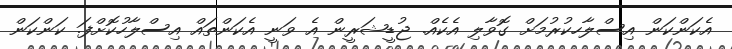
އެކަންކަން އިސްލާހކުރުމަށް ގޮވާލި އެކެއް. ޖުޑީޝަރީން އެ ވަނީ އެކަންތައް އިސްލާހުކޮށްފަ. ކަންކަން